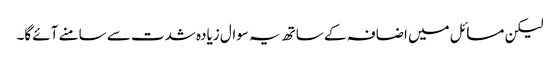
لیکن مسائل میں اضافہ کے ساتھ یہ سوال زیادہ شدت سے سامنے آئے گا۔